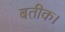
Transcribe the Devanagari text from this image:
बतीक।